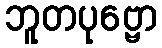
ဘူတပုဗ္ဗော